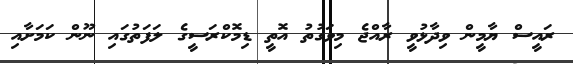
ރައީސް ޔާމީން ވިދާޅުވީ ރާއްޖެ މިވަގުތު އޮތީ ޑިމޮކްރަސީގެ ލަފަތުގައި ނޫން ކަަމަށާއި